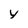
Character: y